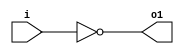
module invert(input wire i, output wire o1);
	assign o1 = !i;
endmodule

module and2(input wire i0, i1, output wire o2);
	assign o2 = i0 & i1;
endmodule

module or2(input wire i0, i1, output wire o3);
	assign o3 = i0 | i1;
endmodule

module xor2(input wire i0, i1, output wire o4);
	assign o4 = i0 ^ i1;
endmodule

module nand2(input wire i0, i1, output wire o5);
	wire t;
	and2 and2_0 (i0, i1, t);
	invert invert_0 (t, o5);
endmodule